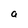
Character: a